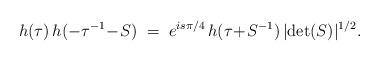
LaTeX: \begin{align*}h(\tau)\, h(-\tau^{-1}\!-\!S)\;=\; e^{is\pi/4}\,h(\tau\!+\!S^{-1})\,|{\rm det}(S)|^{1/2}.\end{align*}